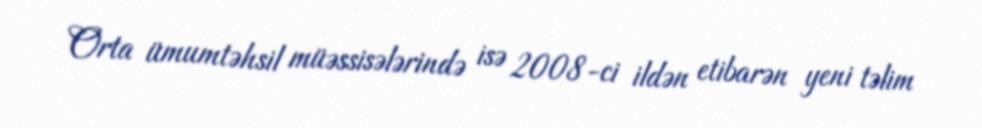
Orta ümumtəhsil müəssisələrində isə 2008-ci ildən etibarən yeni təlim